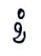
ខំ